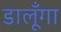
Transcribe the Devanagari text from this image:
डालूँगा